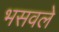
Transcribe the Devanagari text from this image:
भसवले